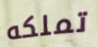
تملكه